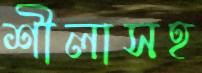
শীলাসহ